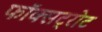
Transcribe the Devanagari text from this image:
फॉक्सट्रोट